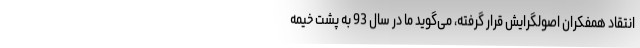
انتقاد همفکران اصولگرایش قرار گرفته، می‌گوید ما در سال 93 به پشت خیمه